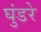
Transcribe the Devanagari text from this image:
घुंडरे